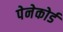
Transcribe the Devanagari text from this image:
पेनेकोर्ड